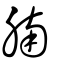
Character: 腩